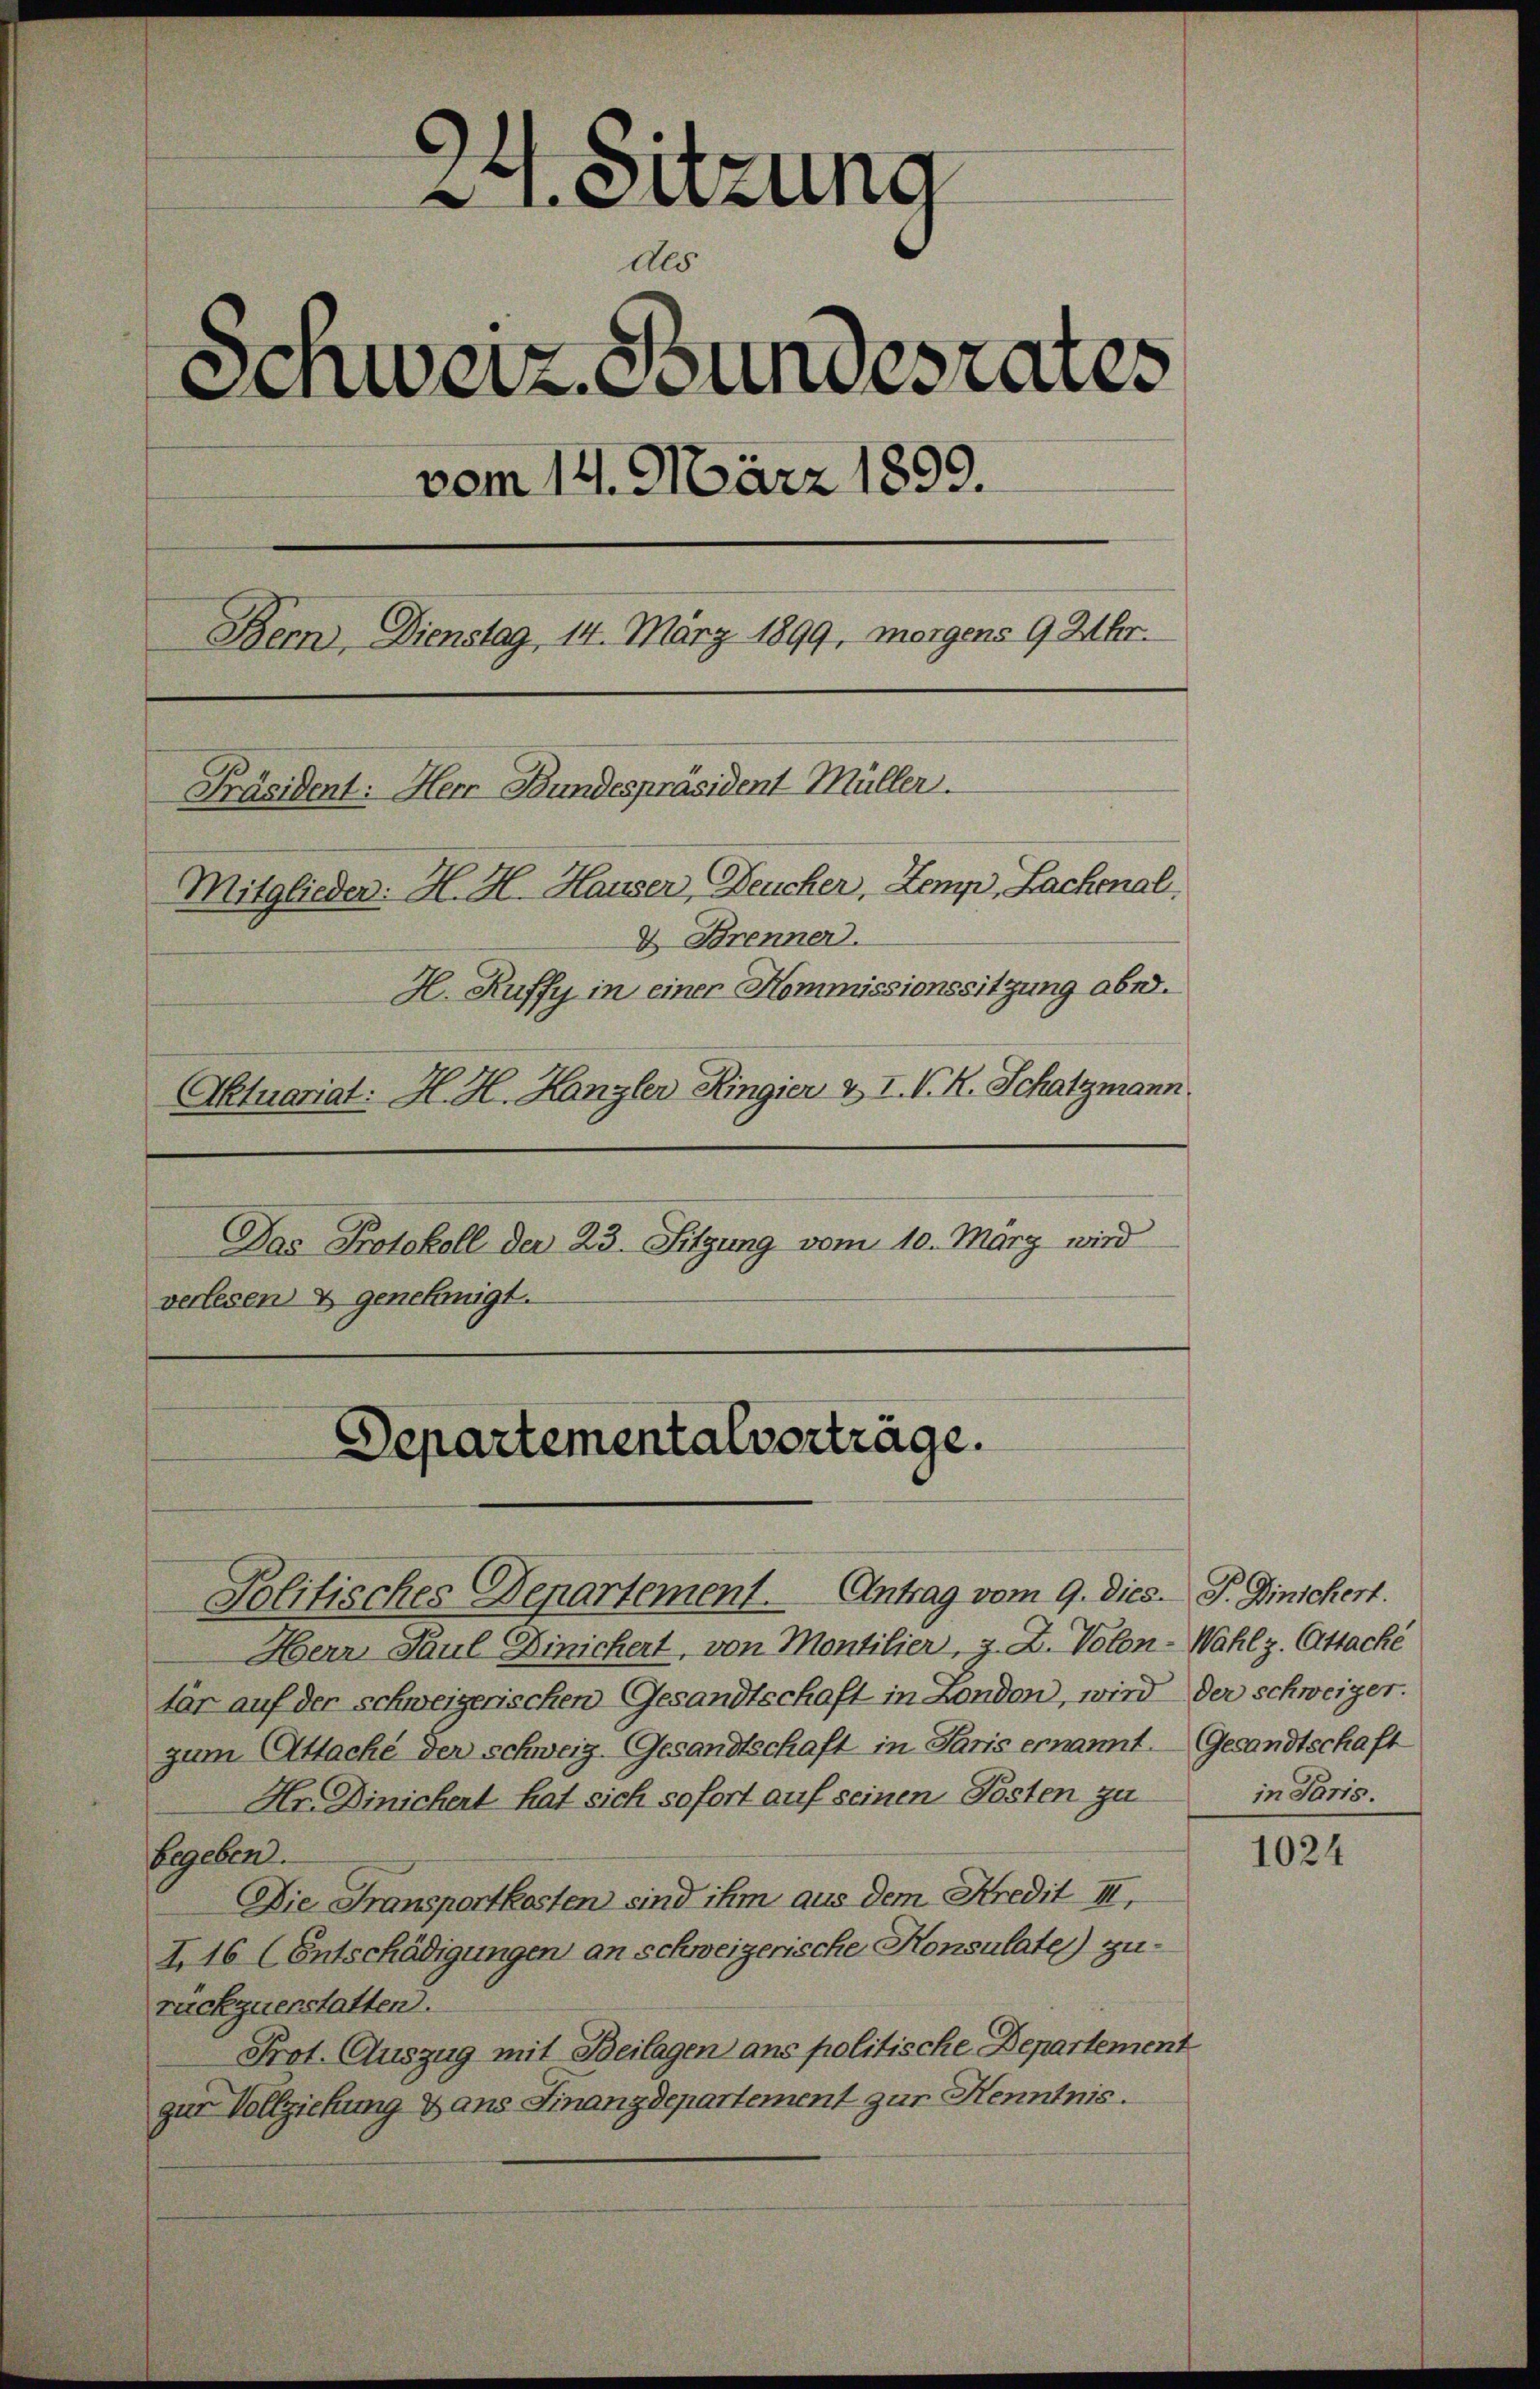
24. Sitzung
des
Schweiz. Stundesrates
vom 121. März 1899.
Bern, Dienstag 14. März 1899, morgens 9 Uhr.
Präsident: Herr Bundespräsident Müller.
Mitglieder: H. H. Hauser, Deucher, Zemp, Lachenal.
2 Brenner.
H. Ruffy in einer Kommissionssitzung aber.
Aktuariat: H. H. Kanzler Ringier u. I. K. H. Schatzmann.
Das Protokoll der 23. Sitzung vom 10. März wird
verlesen & genehmigt.

Departementalvorträge.

Politisches Departement. Antrag vom 9. Dies. J. Hinschert.

Herr Paul Dinichert, von Montilier, z. Z. Volon-Wahlz. Attacke
tär auf der schweizerischen Gesandtschaft in London, wird der schweizer.
zum Attache der schweiz. Gesandtschaft in Paris ernannt. Gesandtschaft
Hr. Dinichert hat sich sofort auf seinen Posten zu
Gegeben.
Die Fransportkosten sind ihm aus dem Kredit III,
I. 16 (Entschädigungen an schweizerische Konsulate) zurückzuerstatten.
Prot. Auszug mit Beilagen ans politische Departement
zur Vollziehung & ans Finanzdepartement zur Kenntnis.

in Paris.

1024